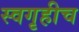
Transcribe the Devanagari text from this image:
स्वगृहीच